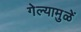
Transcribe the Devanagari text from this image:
गेल्यामुळें